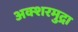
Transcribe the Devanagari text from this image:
अक्शरमुद्रा